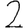
Digit: 2